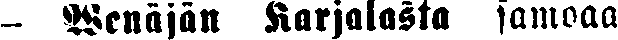
- Wenäjän Karjalasta samoaa